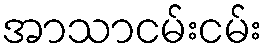
အာသာငမ်းငမ်း